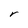
Character: r